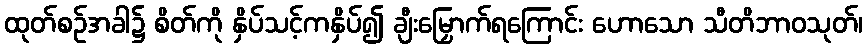
ထုတ်စဉ်အခါ၌ စိတ်ကို နှိပ်သင့်ကနှိပ်၍ ချီးမြှောက်ရကြောင်း ဟောသော သီတိဘာဝသုတ်၊